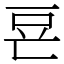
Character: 䜳